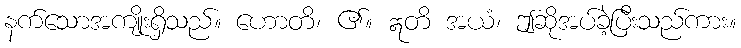
နက်သောအကျိုးရှိသည်။ ဟောတိ၊ ၏။ ဣတိ အယံ၊ ဤဆိုအပ်ခဲ့ပြီးသည်ကား။